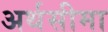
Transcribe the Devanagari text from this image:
अर्थसीमा